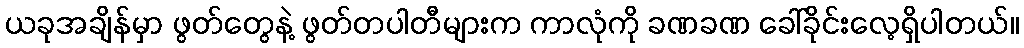
ယခုအချိန်မှာ ဖွတ်တွေနဲ့ ဖွတ်တပါတီများက ကာလုံကို ခဏခဏ ခေါ်ခိုင်းလေ့ရှိပါတယ်။